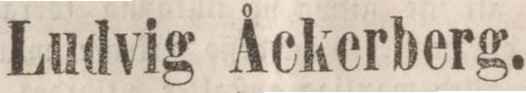
Ludvig Åckerberg.